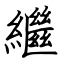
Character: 繼